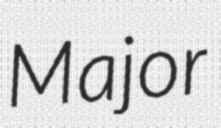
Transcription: Major